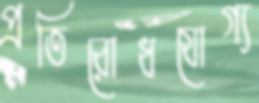
প্রতিরোধযোগ্য